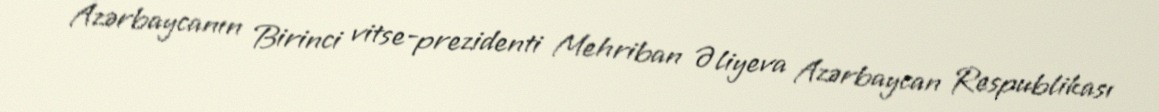
Azərbaycanın Birinci vitse-prezidenti Mehriban Əliyeva Azərbaycan Respublikası